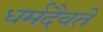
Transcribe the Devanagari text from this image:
धर्मदैवते